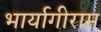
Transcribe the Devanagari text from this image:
भार्यागीराम